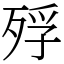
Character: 殍